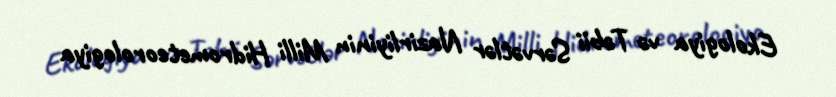
Ekologiya və Təbii Sərvətlər Nazirliyinin Milli Hidrometeorologiya